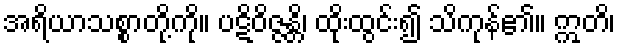
အရိယာသစ္စာတို့ကို။ ပဋိဝိဇ္ဇန္တိ၊ ထိုးထွင်း၍ သိကုန်၏။ ဣတိ၊